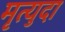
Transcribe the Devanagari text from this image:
मृत्युदा